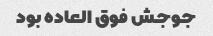
جوجش فوق العاده بود